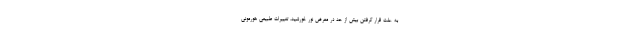
به علت قرار گرفتن بیش از حد در معرض نور خورشید، تغییرات طبیعی هورمونی